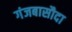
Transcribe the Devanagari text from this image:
गंजबासौदा